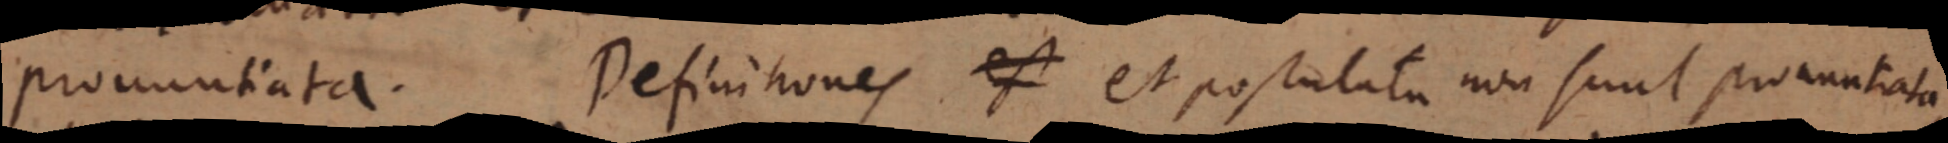
pronuntiata. Definitiones est et postulata non sunt procuntrala,